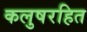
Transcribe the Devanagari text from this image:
कलुषरहित